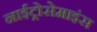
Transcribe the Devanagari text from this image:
नाईट्रोसेमाइंस